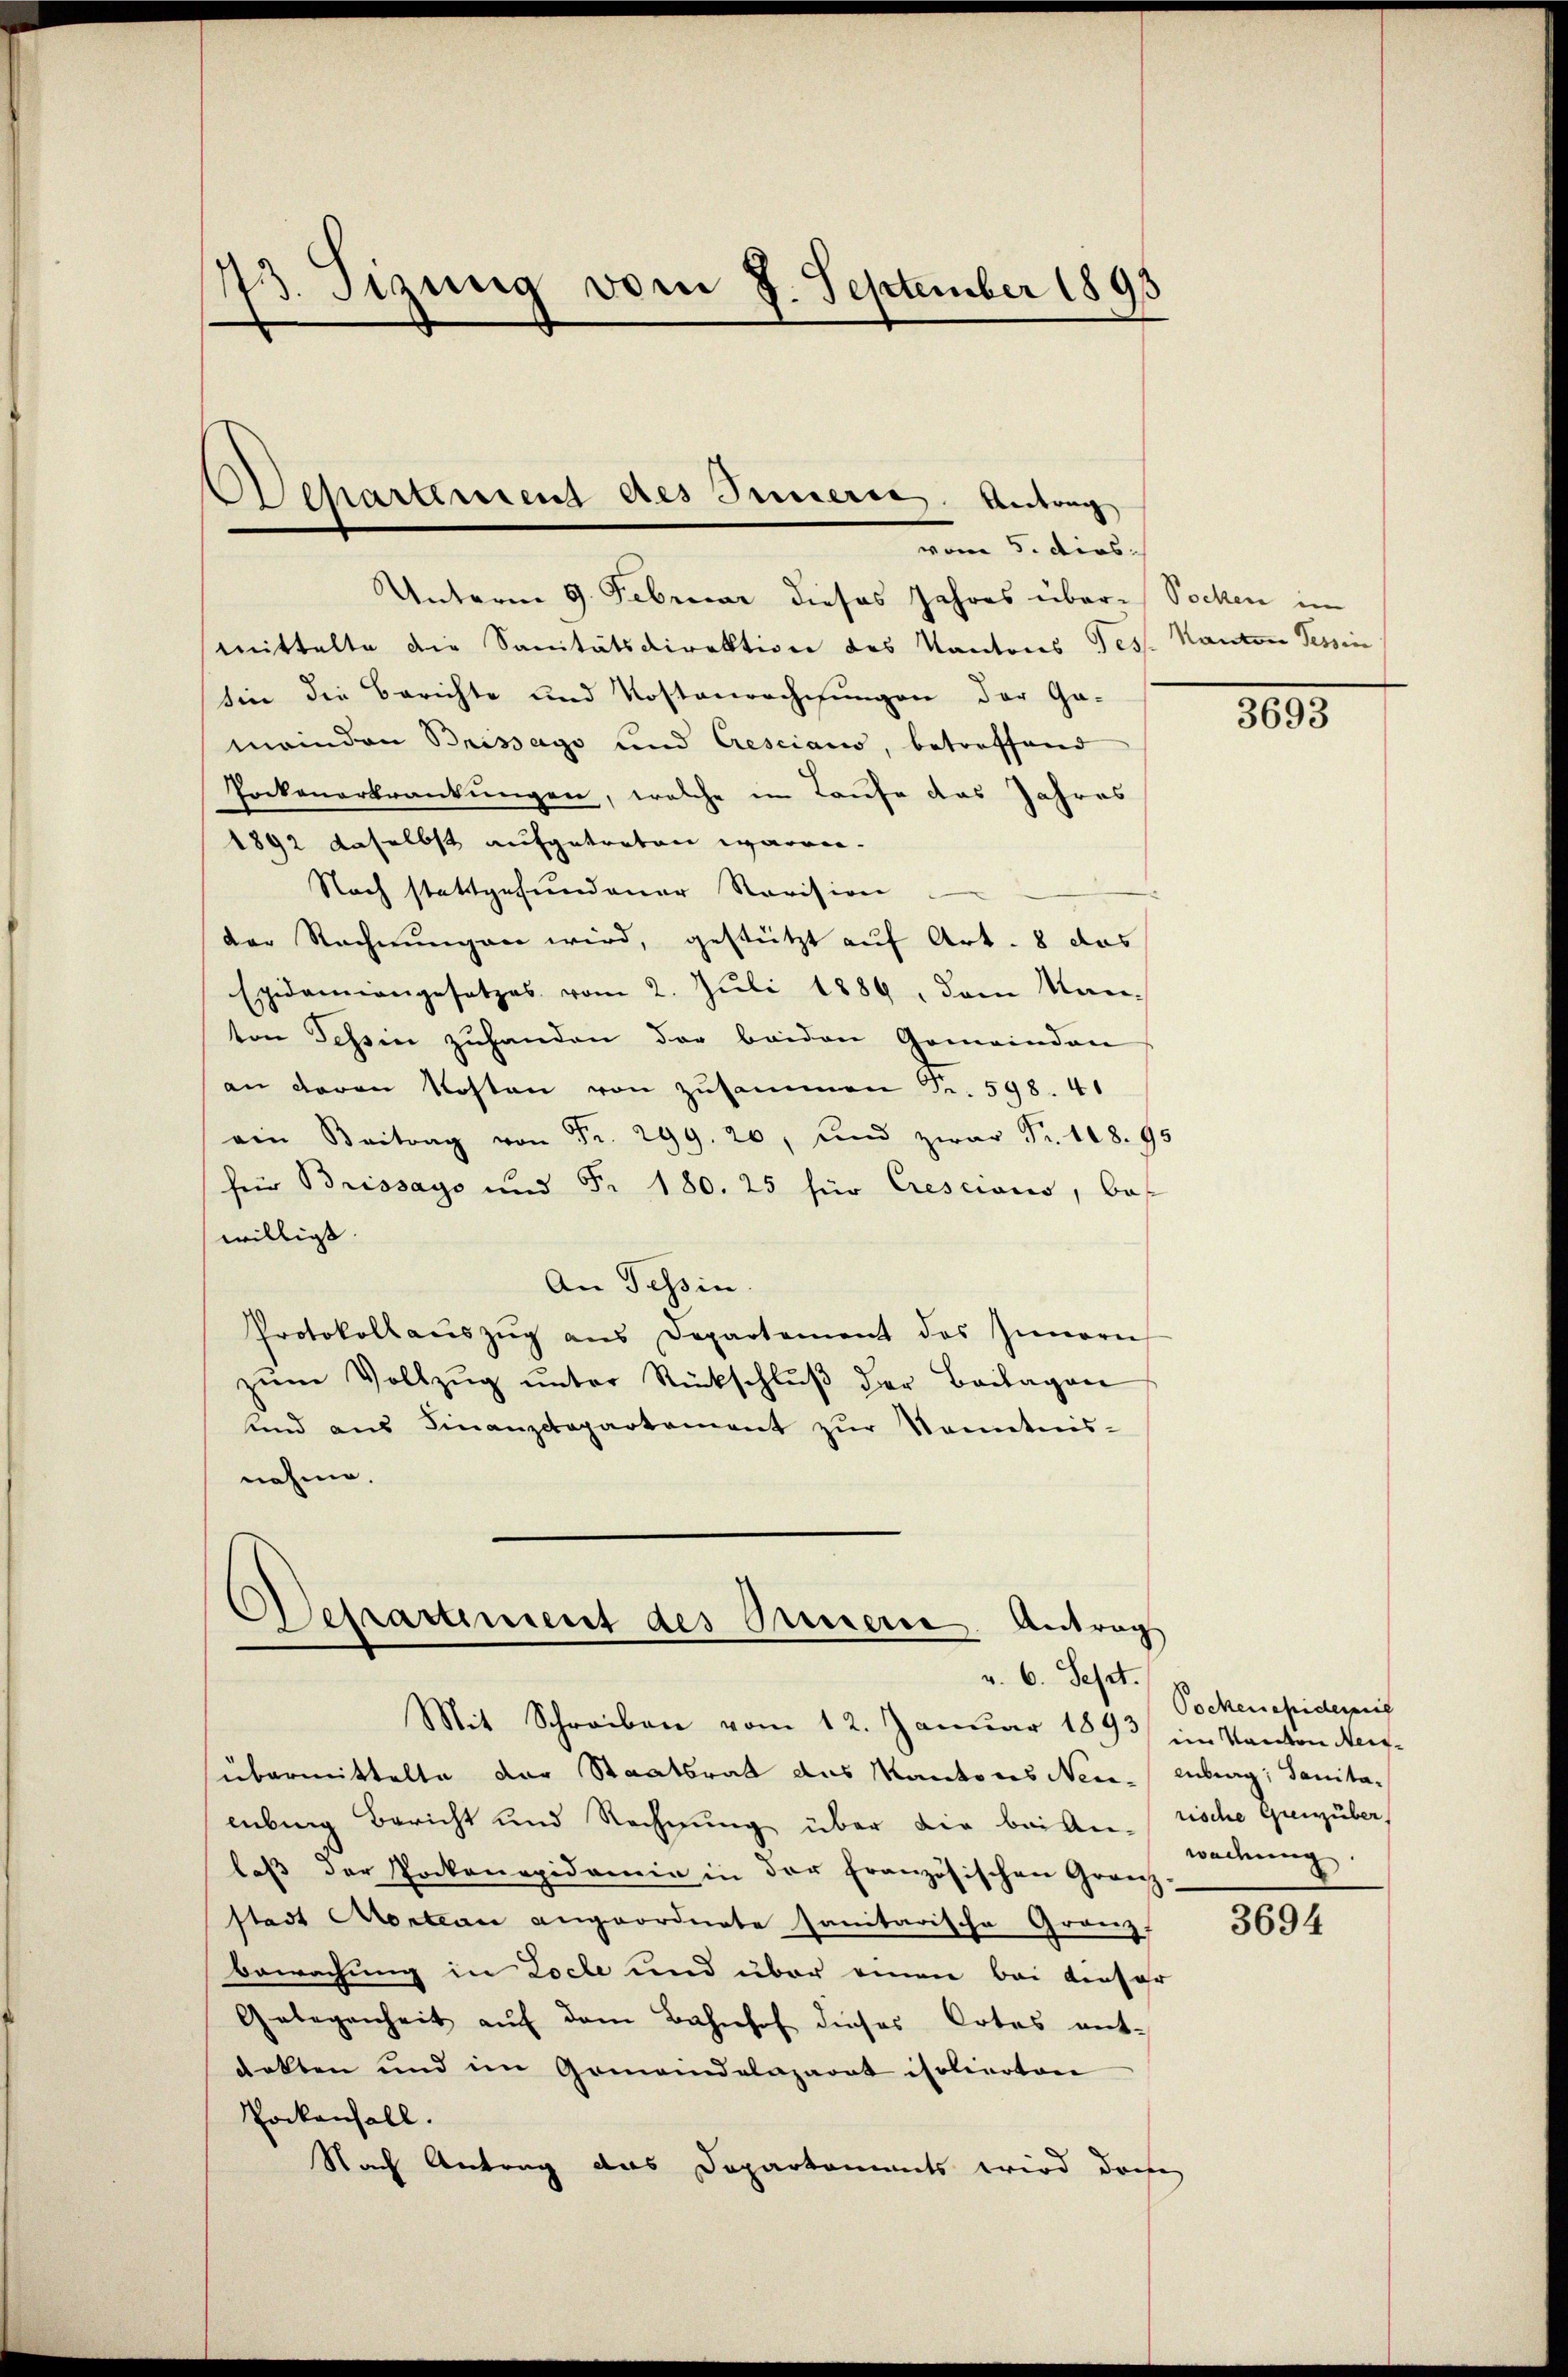
43. Sizung vom 7. September 1895

Unterm 9. Februar dieses Jahres über Socken in
Mittelte die Sanitätsdirektion des Kantons Tess. Kanton Tessin
sin die Berichte und Kostenrechnungen der Ga-
meinden Brissago und Cresciaus, betreffend
Pockenerkrankungen, welche in Laufe das Jahres
1892 daselbst aufgetreten waren.
Nach stattgefundener Revision
der Rechnungen wird, gestützt auf Art. 8 das
Epidemiengesetzes vom 2. Juli 1889, dem Manton Tessin zuhanden der beiden Gemeindere
an daran Kosten von zusammen Fr. 598. 41
ein Beitrag von Fr. 299. 20, und zwar Fr. 108. 95
für Brissays und Fr. 180. 25 für Crescions, bo
willigt.
An Tessin.
Protokoll aŭszŭg ans Departement des Innern
zŭm Vollzŭg ŭnter Rückschlŭβ der Beilagen
und aus Finanzdepartement zŭr Kenntnis-
nahme.

Departement des Innere Antrag
vom 5. dies

Aerartiment des Innern. Antrag
v. 6. Sept.

Mit Schreiben vom 12. Januar 1893) im Kanton Meifübermittelte der Staatsrat das Kantons Neuenburg, Sanitalebung Bericht und Rechnung über die bei Anerische Grenüber,
laß der Pockonapidemie in der französischen Granz
stadt Montan angeordnete sanitarische Granz
Bewachung in Loche und über einen bei dieser
Gelegenheit aŭf dem Bahnhof dieses Ortes ent-
dekten und im Gemeindelaparat isolierten
Pockenfall.
Nach Antrag das Departaments wird doche

3805

Pockenepidemis
wachung

3694